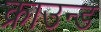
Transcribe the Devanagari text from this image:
क्राउन्ड